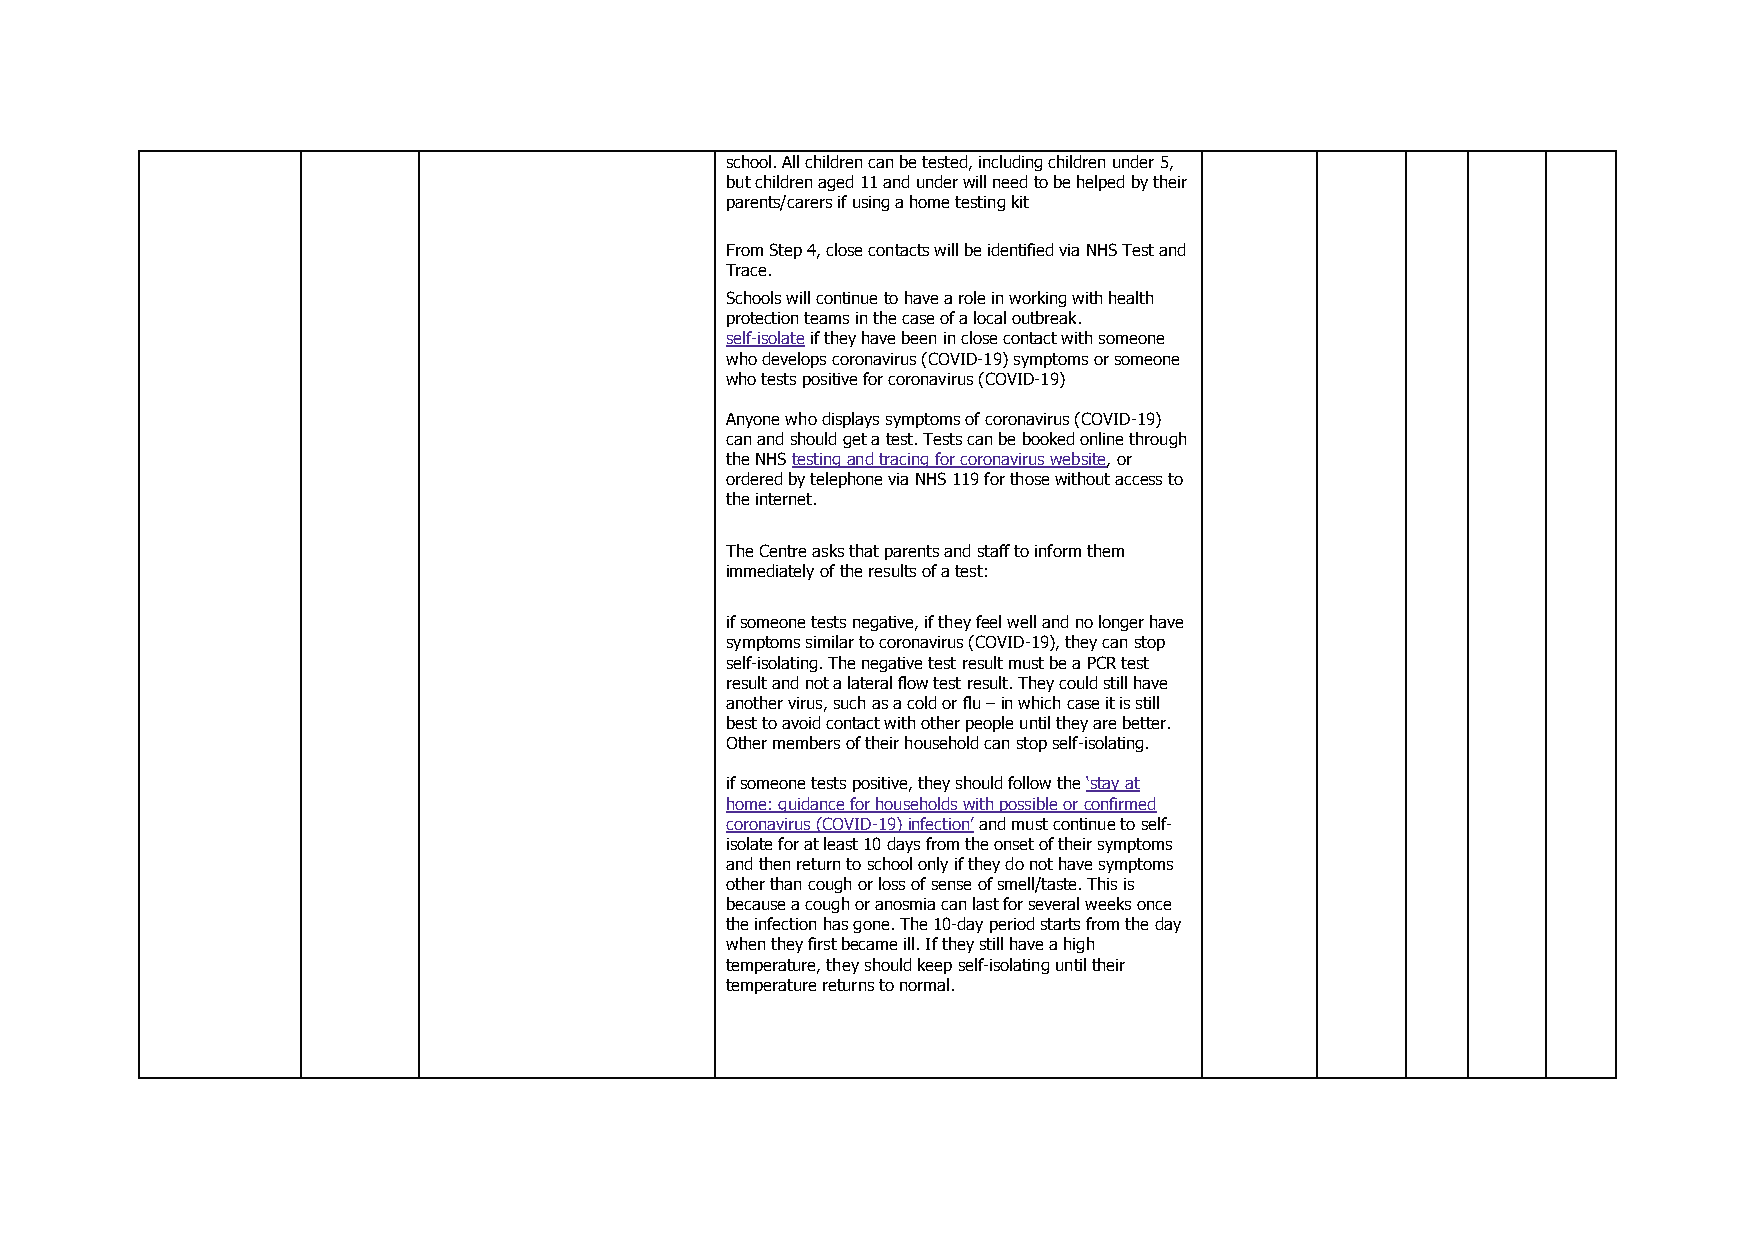
school. All children can be tested, including children under 5,
 but children aged 11 and under will need to be helped by their
 parents/carers if using a home testing kit
 From Step 4, close contacts will be identified via NHS Test and
 Trace.
 Schools will continue to have a role in working with health
 protection teams in the case of a local outbreak.
 self-isolate if they have been in close contact with someone
 who develops coronavirus (COVID-19) symptoms or someone
 who tests positive for coronavirus (COVID-19)
 Anyone who displays symptoms of coronavirus (COVID-19)
 can and should get a test. Tests can be booked online through
 the NHS testing and tracing for coronavirus website, or
 ordered by telephone via NHS 119 for those without access to
 the internet.
 The Centre asks that parents and staff to inform them
 immediately of the results of a test:
 if someone tests negative, if they feel well and no longer have
 symptoms similar to coronavirus (COVID-19), they can stop
 self-isolating. The negative test result must be a PCR test
 result and not a lateral flow test result. They could still have
 another virus, such as a cold or flu – in which case it is still
 best to avoid contact with other people until they are better.
 Other members of their household can stop self-isolating.
 if someone tests positive, they should follow the ‘stay at
 home: guidance for households with possible or confirmed
 coronavirus (COVID-19) infection’ and must continue to self-
 isolate for at least 10 days from the onset of their symptoms
 and then return to school only if they do not have symptoms
 other than cough or loss of sense of smell/taste. This is
 because a cough or anosmia can last for several weeks once
 the infection has gone. The 10-day period starts from the day
 when they first became ill. If they still have a high
 temperature, they should keep self-isolating until their
 temperature returns to normal.